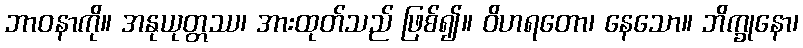
ဘာဝနာကို။ အနုယုတ္တဿ၊ အားထုတ်သည် ဖြစ်၍။ ဝိဟရတော၊ နေသော။ ဘိက္ခုနော၊